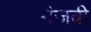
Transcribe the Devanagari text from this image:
गंजबी